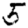
Digit: 5